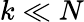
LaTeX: k\ll N